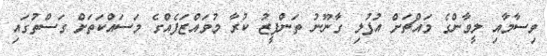
ވިސާމާއި ލީވާންގެ މައްޗަށް އުފުލި ގާނޫނު ތަންފީޒު ކުރާ މުވައްޒަފެއްގެ މަސައްކަތަށް ގަސްތުގައި